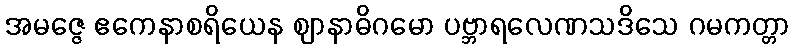
အမဇ္ဇေ ဧကေနာစရိယေန ဈာနာဓိဂမော ပဗ္ဘာရလေဏသဒိသေ ဂမကတ္တာ